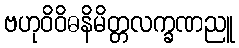
ဗဟုဝိဝိဓနိမိတ္တလက္ခဏညူ